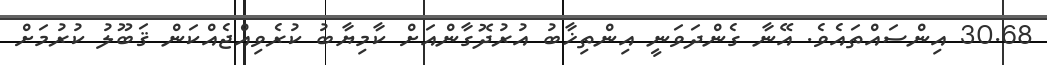
30.68 އިންސައްތައެވެ. އޭނާ ގެންދަވަނީ އިންތިޚާބު އުރުދޮގާންއަށް ކާމިޔާބު ކުރެވިއްޖެއްކަން ޤަބޫލު ކުރުމަށް